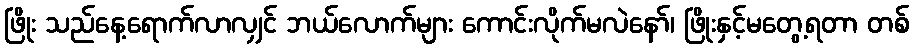
ဖြိုး သည်နေ့ရောက်လာလျှင် ဘယ်လောက်များ ကောင်းလိုက်မလဲနော်၊ ဖြိုးနှင့်မတွေ့ရတာ တစ်